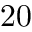
2 0